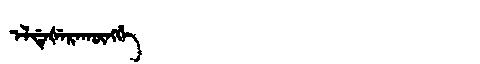
Manchu: ᡝᠯᡩᡝᡧᡝᡵᠠᡴᡡᠩᡤᡝ
Romanization: ELDEŠERAKŪNGGE